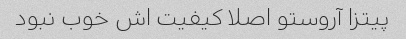
پیتزا آروستو اصلا کیفیت اش خوب نبود